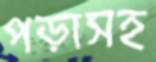
পড়াসহ